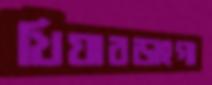
খিয়ারডাংগা